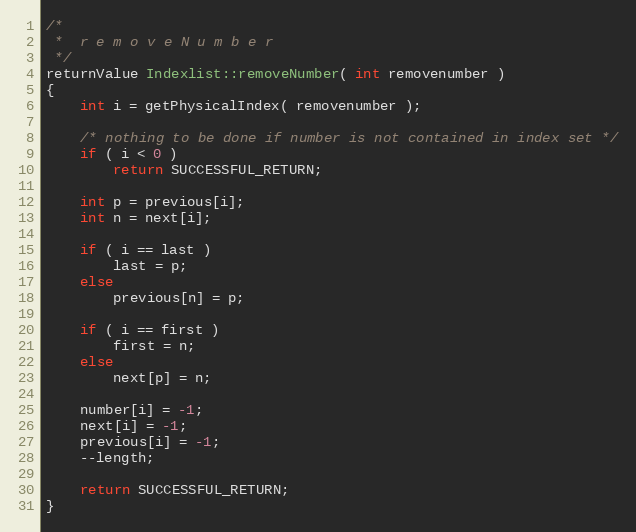
Language: C++
/*
 *	r e m o v e N u m b e r
 */
returnValue Indexlist::removeNumber( int removenumber )
{
	int i = getPhysicalIndex( removenumber );

	/* nothing to be done if number is not contained in index set */
	if ( i < 0 )
		return SUCCESSFUL_RETURN;

	int p = previous[i];
	int n = next[i];

	if ( i == last )
		last = p;
	else
		previous[n] = p;

	if ( i == first )
		first = n;
	else
		next[p] = n;

	number[i] = -1;
	next[i] = -1;
	previous[i] = -1;
	--length;

	return SUCCESSFUL_RETURN;
}